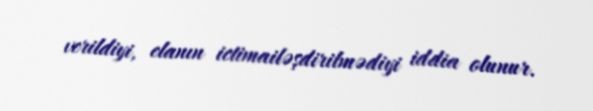
verildiyi, elanın ictimailəşdirilmədiyi iddia olunur.